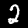
Label: 2